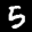
Label: 5